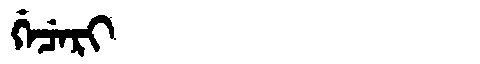
Manchu: ᡤᡝᠴᡝᡵᡳ
Romanization: GECERI